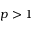
p > 1